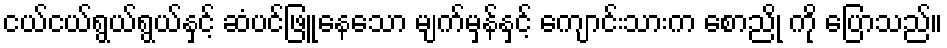
ငယ်ငယ်ရွယ်ရွယ်နှင့် ဆံပင်ဖြူနေသော မျက်မှန်နှင့် ကျောင်းသားက စောညို ကို ပြောသည်။